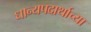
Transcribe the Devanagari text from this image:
धान्यपदार्थाच्या